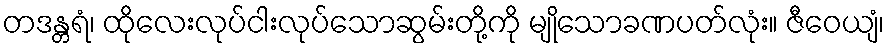
တဒန္တရံ၊ ထိုလေးလုပ်ငါးလုပ်သောဆွမ်းတို့ကို မျိုသောခဏပတ်လုံး။ ဇီဝေယျံ၊